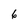
Character: 6